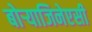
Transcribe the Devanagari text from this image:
बोऱ्याजिनेएसी